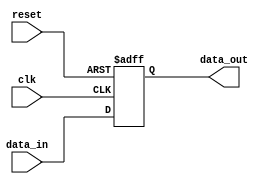
module Latch_Delay (
    input wire clk,
    input wire reset,
    input wire data_in,
    output reg data_out
);

reg latch;

always @(posedge clk or posedge reset) begin
    if (reset) begin
        latch <= 1'b0;
    end else begin
        latch <= data_in;
    end
end

assign data_out = latch;

endmodule